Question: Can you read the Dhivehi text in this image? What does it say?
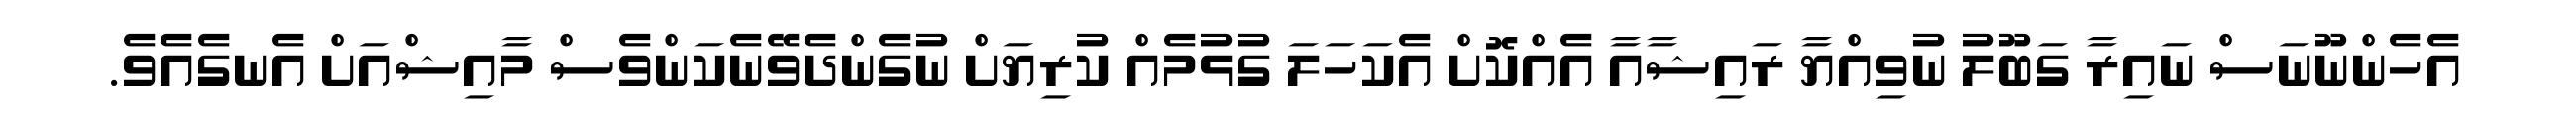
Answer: އެހެންނޫނަސް ނައިރާ ގަބޫލު ނުވިއްޔާ ރައިޝާއާ އެއްކޮށް އެކަހަލަ ގުޅުމެއް ކުރިޔަށް ނުގެންދެވޭނެކަންވެސް މާއިޝްއަށް އެނގެއެވެ.